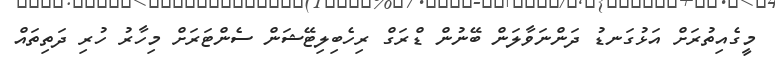
މީގެއިތުރަށް އަޅުގަނޑު ދަންނަވާލަން ބޭނުން ޑްރަގް ރިހެބިލިޓޭޝަން ސެންޓަރަށް މިހާރު ހުރި ދަތިތައް